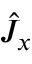
{ \hat { J } } _ { x } \,